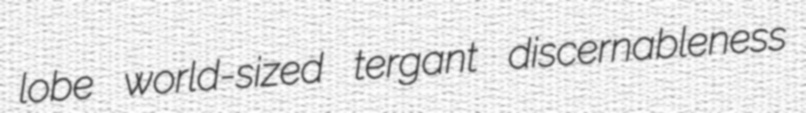
lobe world-sized tergant discernableness